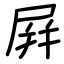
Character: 屛